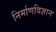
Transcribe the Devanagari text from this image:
निर्माणविज्ञान